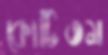
কোটিতম